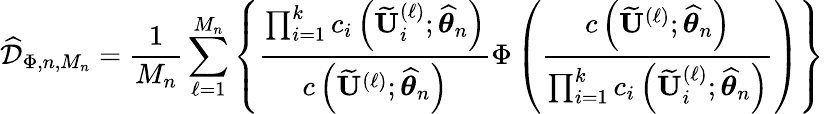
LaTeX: \widehat{\mathcal{D}}_{\Phi,n,M_{n}}=\frac{1}{M_{n}}\sum_{\ell=1}^{M_{n}}\left\{ \frac{\prod_{i=1}^{k}c_{i}\left(\widetilde{\mathbf{U}}_{i}^{(\ell)};\widehat{\boldsymbol{\theta}}_{n}\right)}{c\left(\widetilde{\mathbf{U}}^{(\ell)};\widehat{\boldsymbol{\theta}}_{n}\right)}\Phi\left(\frac{c\left(\widetilde{\mathbf{U}}^{(\ell)};\widehat{\boldsymbol{\theta}}_{n}\right)}{\prod_{i=1}^{k}c_{i}\left(\widetilde{\mathbf{U}}_{i}^{(\ell)};\widehat{\boldsymbol{\theta}}_{n}\right)}\right)\right\}